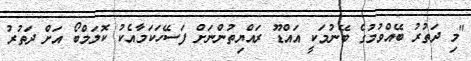
"މި ދަތުރު ބޭއްވުމުގެ ބޭނުމަކީ އައްޑޫ ރައްޔިތުންނަށް ފަސޭހަކަމާއެކު ކޮލަމްބޯ އަށް ދަތުރު